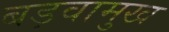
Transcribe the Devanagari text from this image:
बड़वामुख